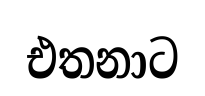
එතනාට